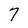
Character: 7